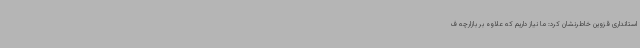
استانداری قزوین خاطرنشان کرد: ما نیاز داریم که علاوه بر بازارچه ف